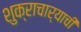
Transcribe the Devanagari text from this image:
शुक्राचार्याची